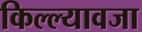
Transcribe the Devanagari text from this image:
किल्ल्यावजा